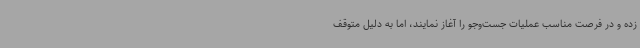
زده و در فرصت مناسب عملیات جست‌وجو را آغاز نمایند، اما به دلیل متوقف